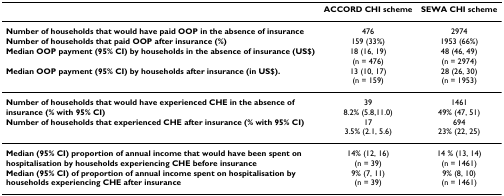
|  | ACCORD CHI scheme | SEWA CHI scheme |
 | --- | --- | --- |
 | Number of households that would have paid OOP in the absence of insurance | 476 | 2974 |
 | Number of households that paid OOP after insurance (%) | 159 (33%) | 1953 (66%) |
 | Median OOP payment (95% CI) by households in the absence of insurance (US$) | 18 (16, 19)(n = 476) | 48 (46, 49)(n = 2974) |
 | Median OOP payment (95% CI) by households after insurance (in US$). | 13 (10, 17)(n = 159) | 28 (26, 30)(n = 1953) |
 | Number of households that would have experienced CHE in the absence of insurance (% with 95% CI) | 39 8.2% (5.8,11.0) | 1461 49% (47, 51) |
 | Number of households that experienced CHE after insurance (% with 95% CI) | 17 3.5% (2.1, 5.6) | 694 23% (22, 25) |
 | Median (95% CI) proportion of annual income that would have been spent on hospitalisation by households experiencing CHE before insurance | 14% (12, 16)(n = 39) | 14 % (13, 14)(n = 1461) |
 | Median (95% CI) of proportion of annual income spent on hospitalisation by households experiencing CHE after insurance | 9% (7, 11)(n = 39) | 9% (8, 10)(n = 1461) |